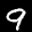
Label: 9